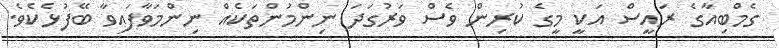
ގެމްބިއާގެ ރައީސް އަކީ މީގެ ކުރިން ވެސް ވަރުގަދަ ނިންމުންތަކެއް ނިންމަވާފައިވާ ބޭފުޅެކެވެ.